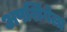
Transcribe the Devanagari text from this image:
अपशिंगेला